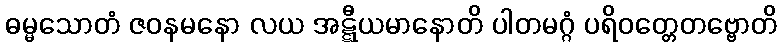
ဓမ္မသောတံ ဇဝနမနော လယ အဋ္ဋီယမာနောတိ ပါတမဂ္ဂံ ပရိဝတ္တေတဗ္ဗောတိ